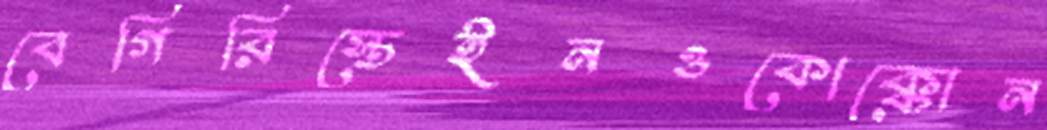
বেগিরিস্তেইনওকোক্কোন